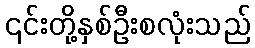
၎င်းတို့နှစ်ဦးစလုံးသည်